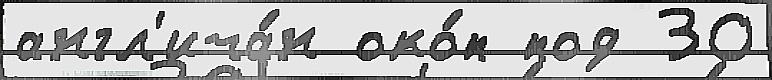
англ'ича́н око́п под 30